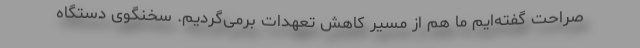
صراحت گفته‌ایم ما هم از مسیر کاهش تعهدات برمی‌گردیم. سخنگوی دستگاه